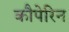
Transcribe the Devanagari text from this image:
कौपेरिन